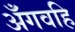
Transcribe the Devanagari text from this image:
अँगवहि